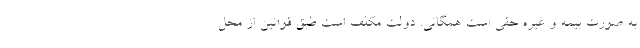
به صورت بیمه و غیره حقی است همگانی. دولت مکلّف است طبق قوانین از محل